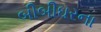
બીબીઘરના